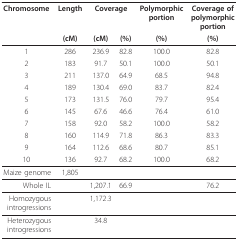
| Chromosome | Length | <COLSPAN=2> Coverage | Polymorphicportion | Coverage ofpolymorphicportion |
 |  | (cM) | (cM) | (%) | (%) | (%) |
 | --- | --- | --- | --- | --- | --- |
 | 1 | 286 | 236.9 | 82.8 | 100.0 | 82.8 |
 | 2 | 183 | 91.7 | 50.1 | 100.0 | 50.1 |
 | 3 | 211 | 137.0 | 64.9 | 68.5 | 94.8 |
 | 4 | 189 | 130.4 | 69.0 | 83.7 | 82.4 |
 | 5 | 173 | 131.5 | 76.0 | 79.7 | 95.4 |
 | 6 | 145 | 67.6 | 46.6 | 76.4 | 61.0 |
 | 7 | 158 | 92.0 | 58.2 | 100.0 | 58.2 |
 | 8 | 160 | 114.9 | 71.8 | 86.3 | 83.3 |
 | 9 | 164 | 112.6 | 68.6 | 80.7 | 85.1 |
 | 10 | 136 | 92.7 | 68.2 | 100.0 | 68.2 |
 | Maize genome | 1,805 |  |  |  |  |
 | Whole IL |  | 1,207.1 | 66.9 |  | 76.2 |
 | Homozygousintrogressions |  | 1,172.3 |  |  |  |
 | Heterozygousintrogressions |  | 34.8 |  |  |  |